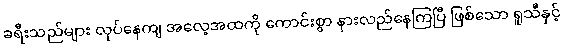
ခရီးသည်များ လုပ်နေကျ အလေ့အထကို ကောင်းစွာ နားလည်နေကြပြီ ဖြစ်သော ရူသီနှင့်